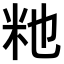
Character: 𫂴